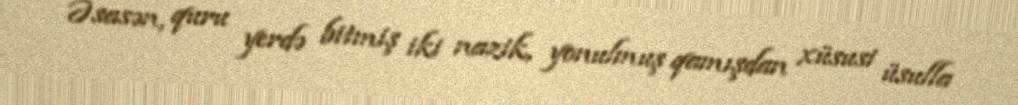
Əsasən, quru yerdə bitmiş iki nazik, yonulmuş qamışdan xüsusi üsulla